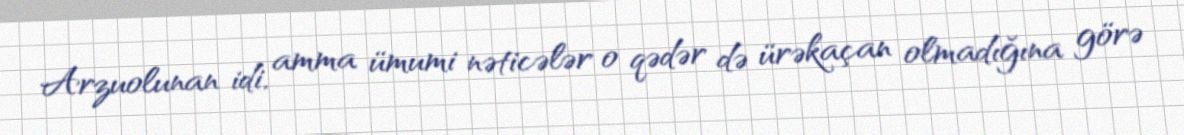
Arzuolunan idi, amma ümumi nəticələr o qədər də ürəkaçan olmadığına görə